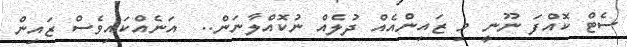
ސެޓް ކޮއްފަ ނޫނީ މި ޒައިންއެއް ދުލެއް ނުކޮއްލާނަން..  އަނެއްކައިވެސް ޒައިން